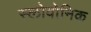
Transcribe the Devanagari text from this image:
स्लोवोनिक